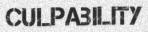
CULPABILITY